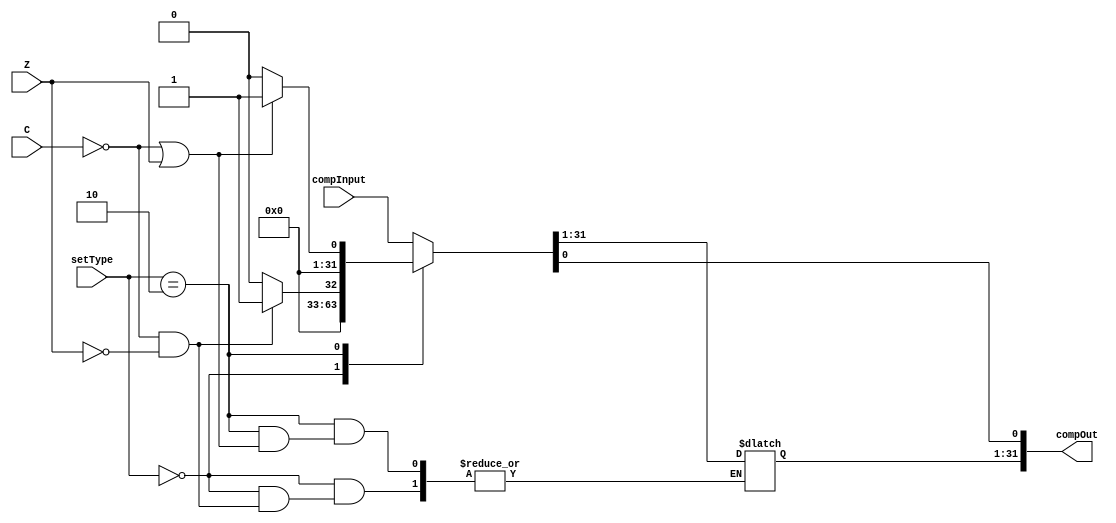
`timescale 1ns / 1ps
//////////////////////////////////////////////////////////////////////////////////
// Company: 
// Engineer: 
// 
// Design Name: 
// Module Name: comparisonModule
// Project Name: 
// Target Devices: 
// Tool Versions: 
// Description: 
// 
// Dependencies: 
// 
// Revision:
// Revision 0.01 - File Created
// Additional Comments:
// 
//////////////////////////////////////////////////////////////////////////////////


module comparisonModule(
    input [31:0] compInput,
    output reg [31:0] compOut,
    input C, Z,
    input [1:0] setType
    );
    
    always@(C, Z, setType) begin
        case(setType)
            2'b00: begin        //SLT
                if(!C && !Z)
                    compOut[0] = 1;
                else
                    compOut = 32'b0;
            end         
//            2'b01: begin        //SGT -- Unused
//                if(C && !Z)
//                    compOut[0] = 1;
//                else
//                    compOut = 32'b0;
//            end
            2'b10: begin        //SLE
                if(!C || Z)
                    compOut[0] = 1;
                else
                    compOut = 32'b0;
            end
//            2'b11: begin        //SGE -- Unused
//                if(C || Z)
//                    compOut[0] = 1;
//                else
//                    compOut = 32'b0;
//            end
            default: compOut = compInput;
        endcase
    end
endmodule